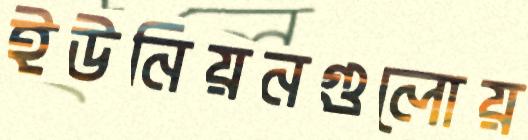
ইউনিয়নগুলোয়